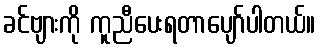
ခင်ဗျားကို ကူညီပေးရတာပျော်ပါတယ်။